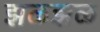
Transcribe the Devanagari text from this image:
झळझळ